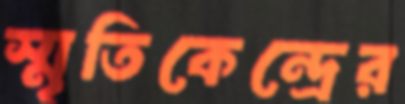
স্মৃতিকেন্দ্রের